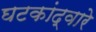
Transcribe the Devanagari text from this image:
घटकांद्वारे